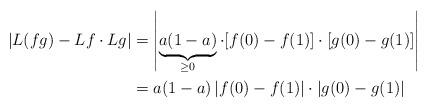
LaTeX: \begin{align*}\left|L(fg)-Lf\cdot Lg\right|&=\left|\underbrace{a(1-a)}_{\geq 0}\cdot[f(0)-f(1)]\cdot[g(0)-g(1)]\right|\\&=a(1-a)\left|f(0)-f(1)\right|\cdot\left|g(0)-g(1)\right|\end{align*}